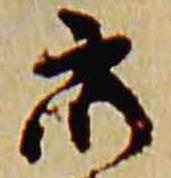
衆